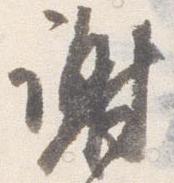
謝